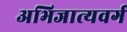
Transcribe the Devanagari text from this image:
अभिजात्यवर्ग